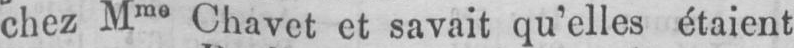
chez Mme Chavet et savait qu’elles étaient